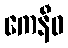
ကေနီဓ